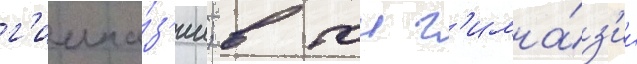
г'имна́з'ии; в тои г'имна́з'ии